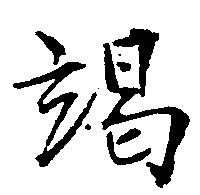
竭